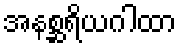
အနစ္ဆရိယဂါထာ